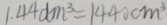
1 . 4 4 d m ^ { 3 } = 1 4 4 0 c m ^ { 3 }